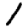
Digit: 1